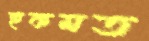
হুকমত